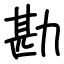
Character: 勘